Juri_Uluots, lk 98
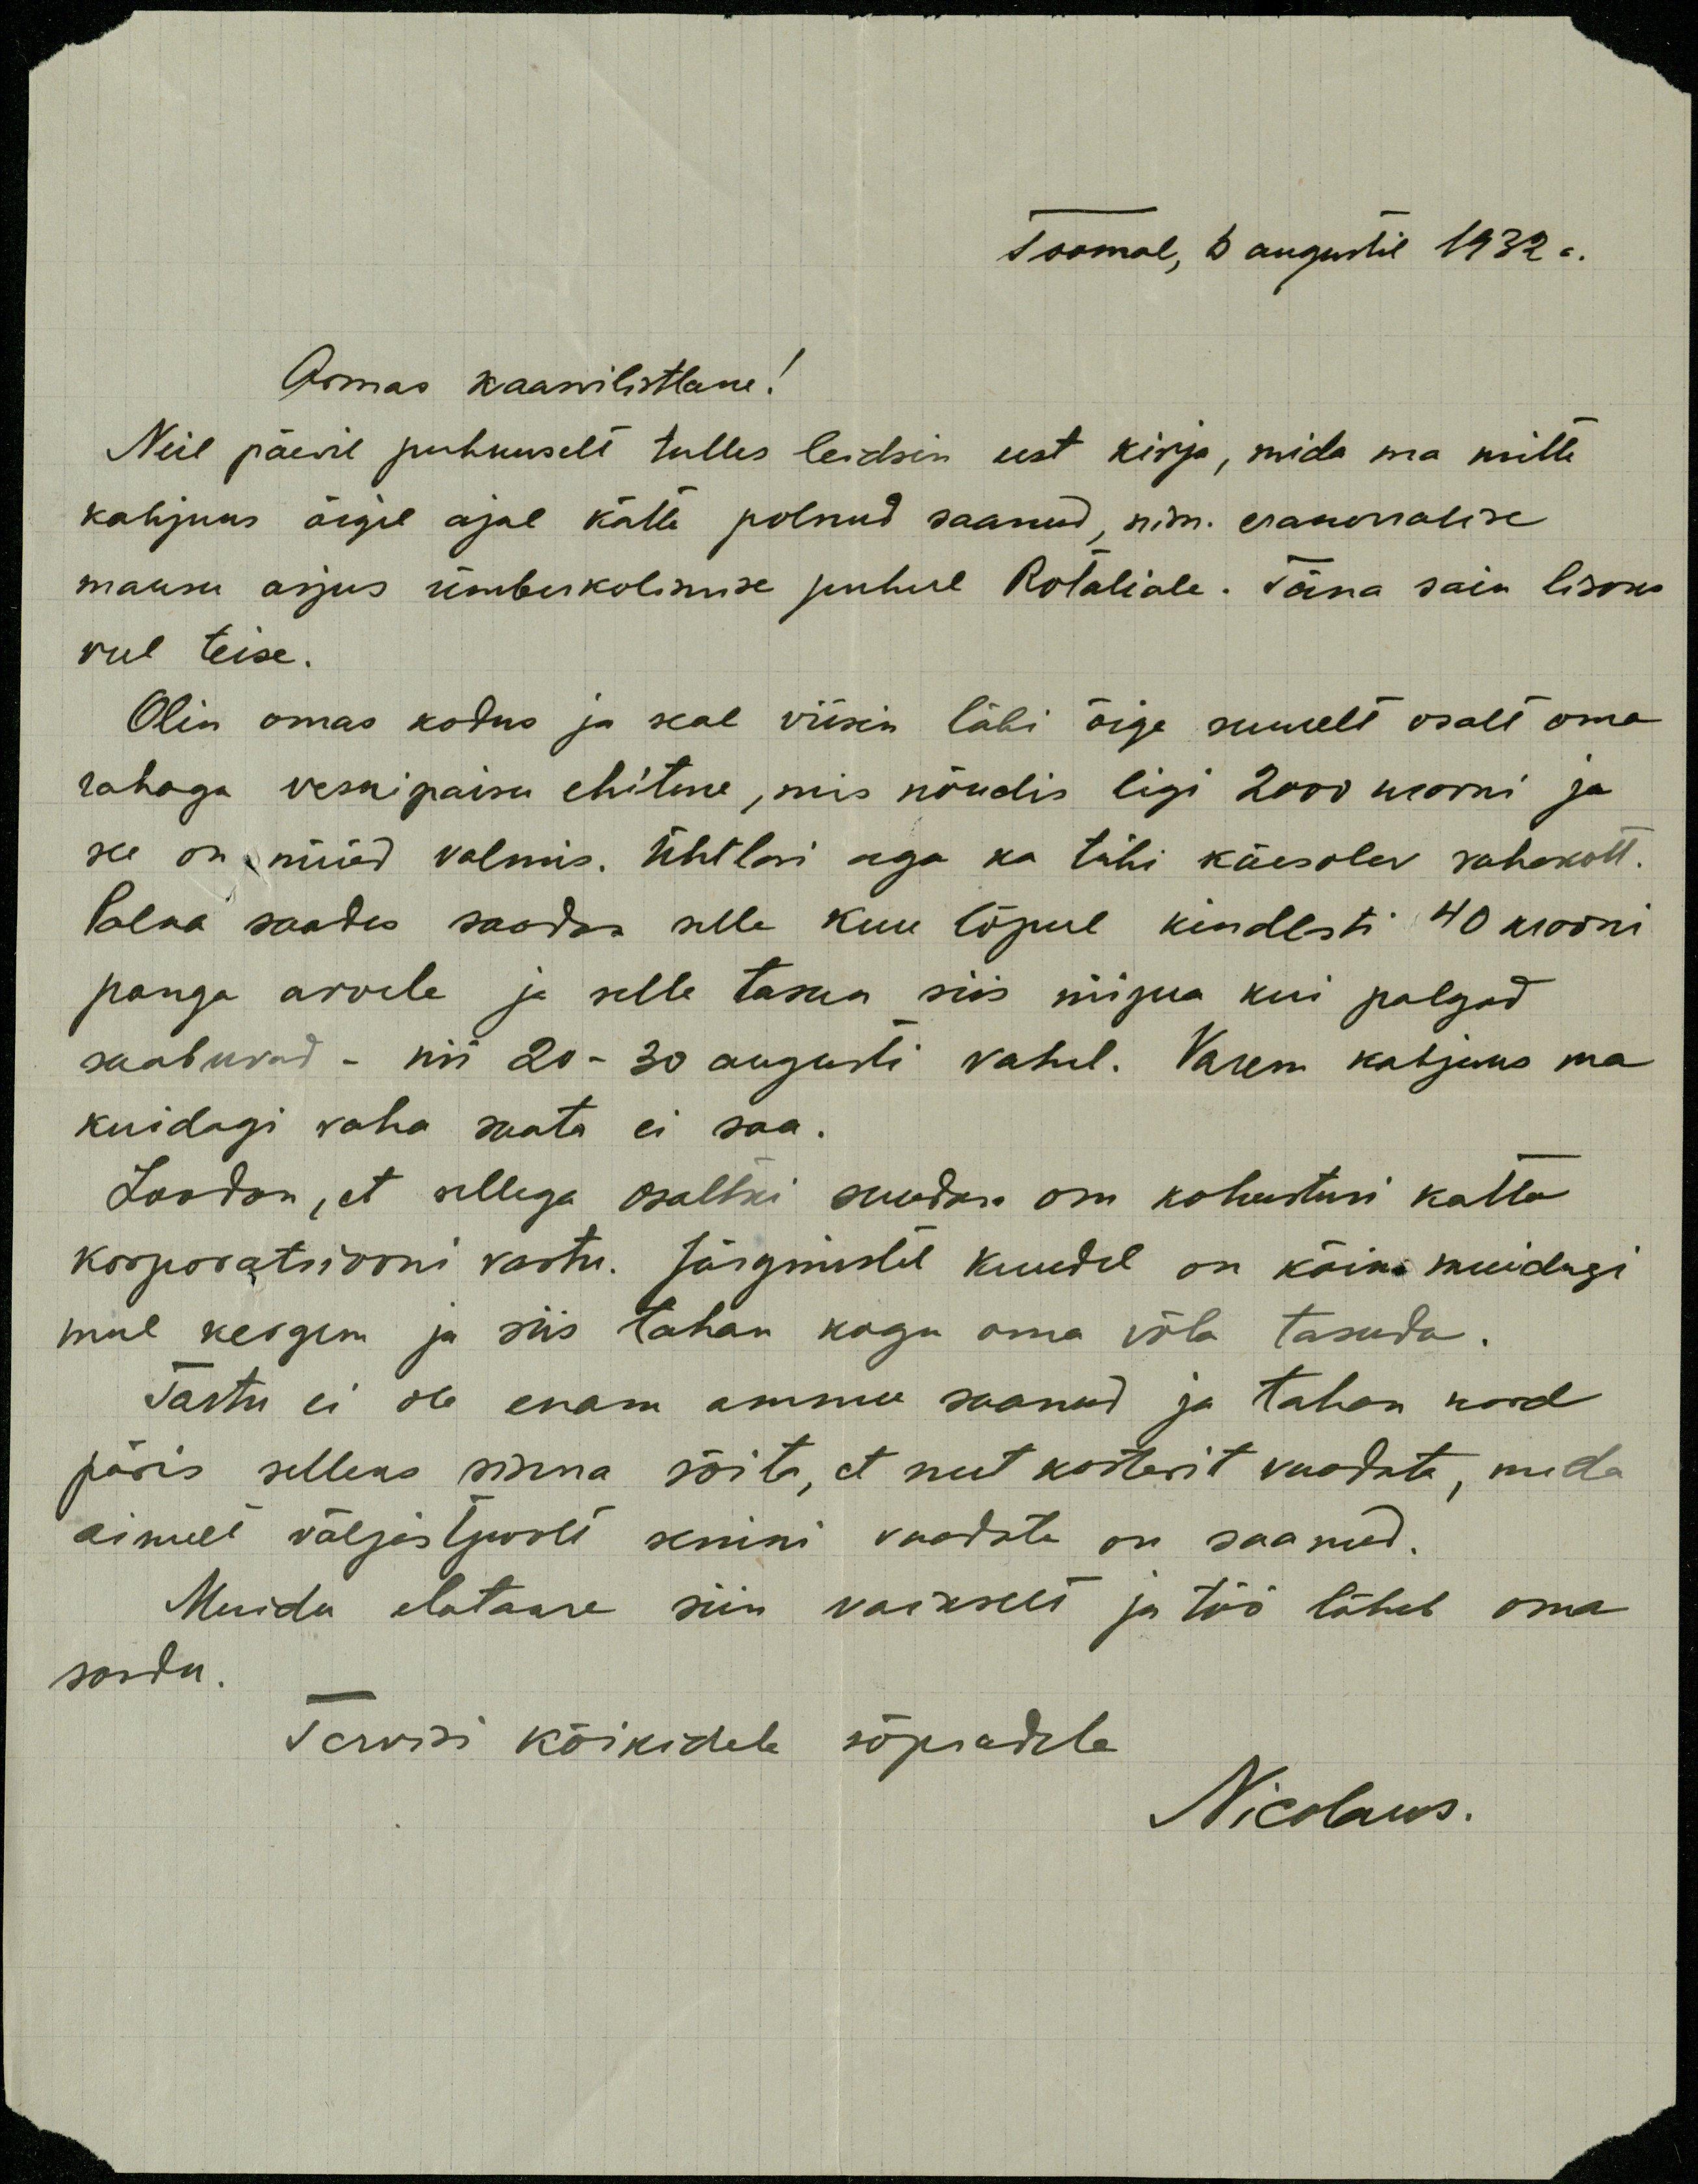
Toomal, 6 augustil 1932 a.
Armas kaasvilistlane!
Neil päevil puhkuselt tulles leidsin eest kirja, mida ma mitte
kahjuks õigel ajal kätte polnud saanud, nim. erakorralise
maksu asjus ümberkolimise puhul Rotaliale. Täna sain lisaks
veel teise.
Olin omas kodus ja seal viisin läbi õige suurelt osalt oma
rahaga veskipaisu ehituse, mis nõudis ligi 2000 krooni ja
see on nüüd valmis. Ühtlasi aga ka tühi käesolev rahakott.
Palka saades saadan selle kuu lõpul kindlasti 40 krooni
panga arvele ja selle tasun siis niipea kui palgad
saabuvad - nii 20 - 30 augusti vahel. Varem kahjuks ma
kuidagi raha saata ei saa.
Loodan, et sellega osaltki suudan osa kohustusi katta
korporatsiooni vastu. Järgmistel kuudel on kõik. muidugi
mul kergem ja siis tahan kogu oma võla tasuda.
Tartu ei ole enam ammu saanud ja tahan kord
päris selleks sinna sõita, et uut korterit vaadata, mida
ainult väljastpoolt senini vaadata on saanud.
Muidu elatakse siin vaikselt ja töö läheb oma
soodu.
Tervisi kõikidele sõpradele
Nicolaus.